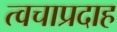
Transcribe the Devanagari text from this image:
त्वचाप्रदाह